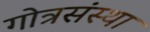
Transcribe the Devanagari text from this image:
गोत्रसंस्था